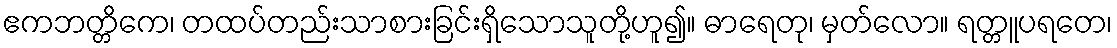
ဧကဘတ္တိကေ၊ တထပ်တည်းသာစားခြင်းရှိသောသူတို့ဟူ၍။ ဓာရေတု၊ မှတ်လော။ ရတ္တူပရတေ၊